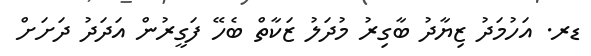
ޑރ. އަހުމަދު ޒިޔާދު ބާގިރު މުދަލު ޒަކާތް ބެހޭ ފަގީރުން އަދަދު ދަށަށް